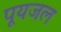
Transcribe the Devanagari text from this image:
पूयजल